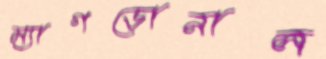
ম্যাগডোনাল